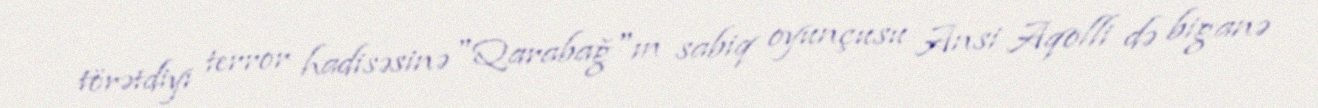
törətdiyi terror hadisəsinə "Qarabağ"ın sabiq oyunçusu Ansi Aqolli də biganə